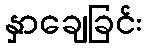
နှာချေခြင်း